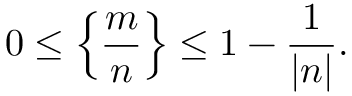
0 \leq \left\{ { \frac { m } { n } } \right\} \leq 1 - { \frac { 1 } { | n | } } .